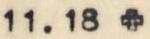
11.18 +